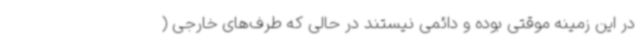
در این زمینه موقتی بوده و دائمی نیستند در حالی که طرف‌های خارجی (